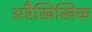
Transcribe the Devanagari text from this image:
अरैखिखिक